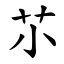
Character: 䒕